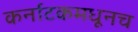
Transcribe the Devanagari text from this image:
कर्नाटकमधूनच